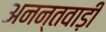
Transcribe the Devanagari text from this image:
अनन्तवाड़ी